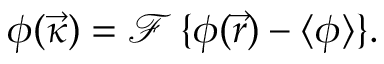
\phi ( \vec { \kappa } ) = \mathcal { F } \, \{ \phi ( \vec { r } ) - \langle \phi \rangle \} .